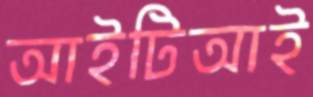
আইটিআই